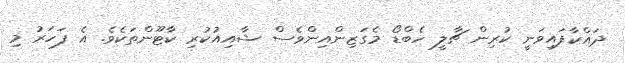
ދައްކާފައިވަނީ ކުރިން ޗާލީ ހެބްޑޯ މެގަޒިންއިންވެސް ޝާއިއުކުރި ކާޓޫންތަކެވެ. އެ ފަހަރު މި